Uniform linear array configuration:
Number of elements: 12
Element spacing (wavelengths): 0.75
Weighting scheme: kaiser
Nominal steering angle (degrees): -60
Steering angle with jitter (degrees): -58.471
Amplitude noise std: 0.05
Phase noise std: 0.05

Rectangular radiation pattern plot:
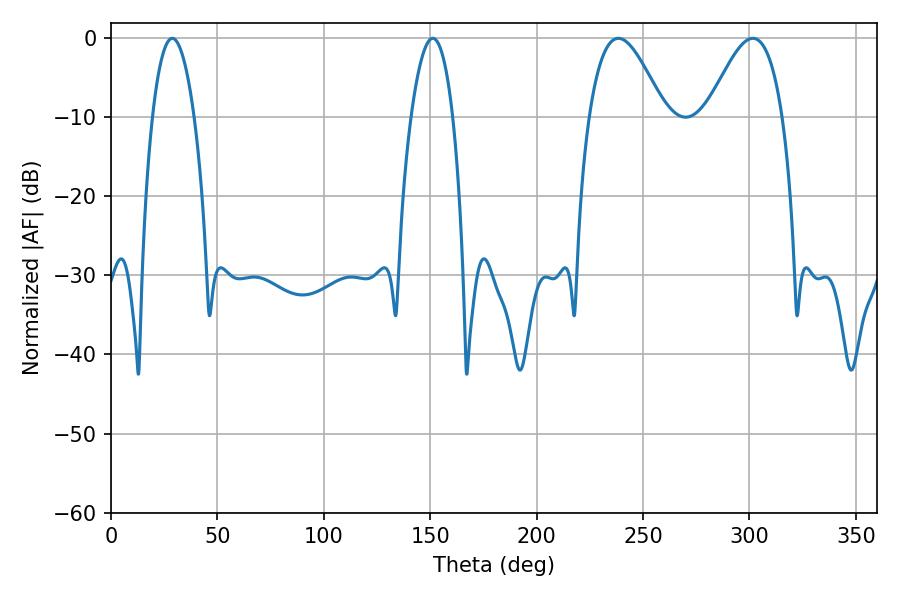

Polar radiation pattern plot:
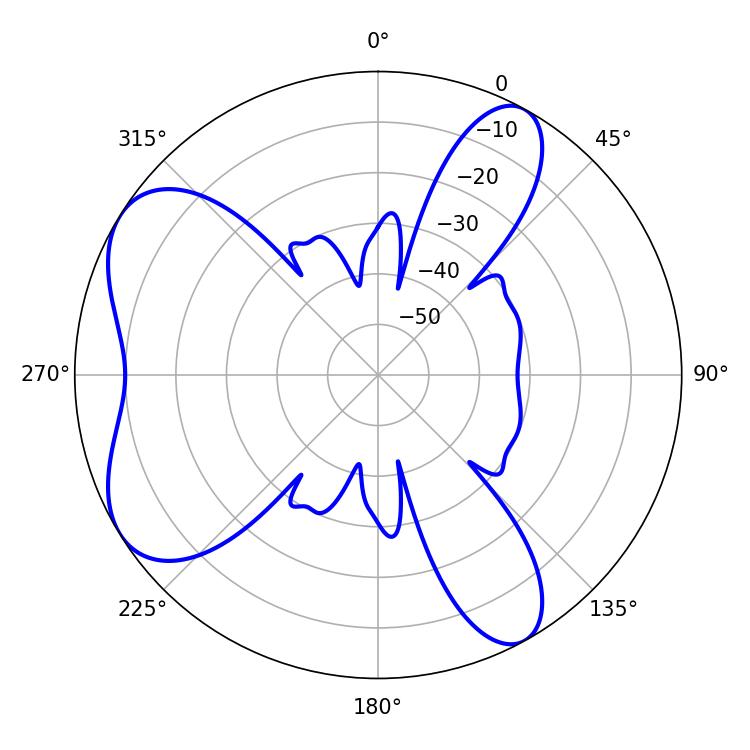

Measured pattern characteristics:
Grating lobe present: TRUE
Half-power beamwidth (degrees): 10.8
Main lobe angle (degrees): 28.8